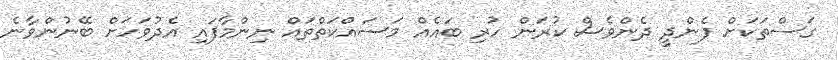
ގަސްތަކަށް ފެންދީ ދެންވެސް ކުރަން ހުރި ބައެއް މަސައްކަތްތައް ނިންމާފައި އެދުވަހަށް ބޭނުންވާނެ